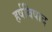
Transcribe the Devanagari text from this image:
हर्षविषाद